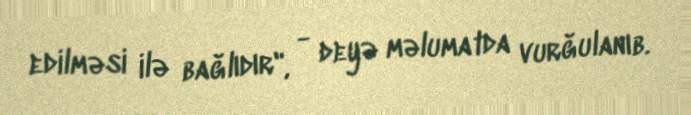
edilməsi ilə bağlıdır", - deyə məlumatda vurğulanıb.